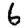
Digit: 6